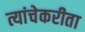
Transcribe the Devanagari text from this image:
त्यांचेकरीता